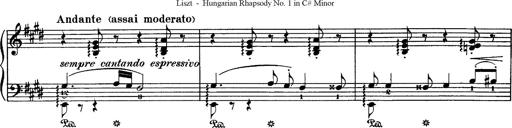
Title: Hungarian Rhapsody No.1
Composer: Franz Liszt
Key: C-sharp minor